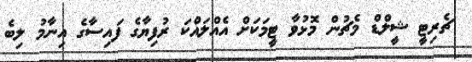
ޗެރިޓީ ޝީލްޑް މެޗުން މޮޅުވާ ޓީމަކަށް އެއްލައްކަ ރުފިޔާގެ ފައިސާގެ އިނާމު ލިބެ